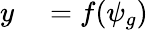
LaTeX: \begin{array}{rl}{y}&{{}=f(\psi_{g})}\end{array}